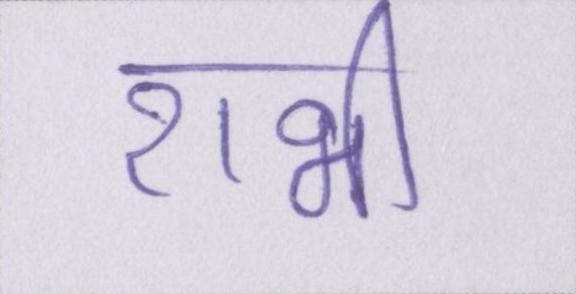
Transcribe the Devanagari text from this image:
राभी